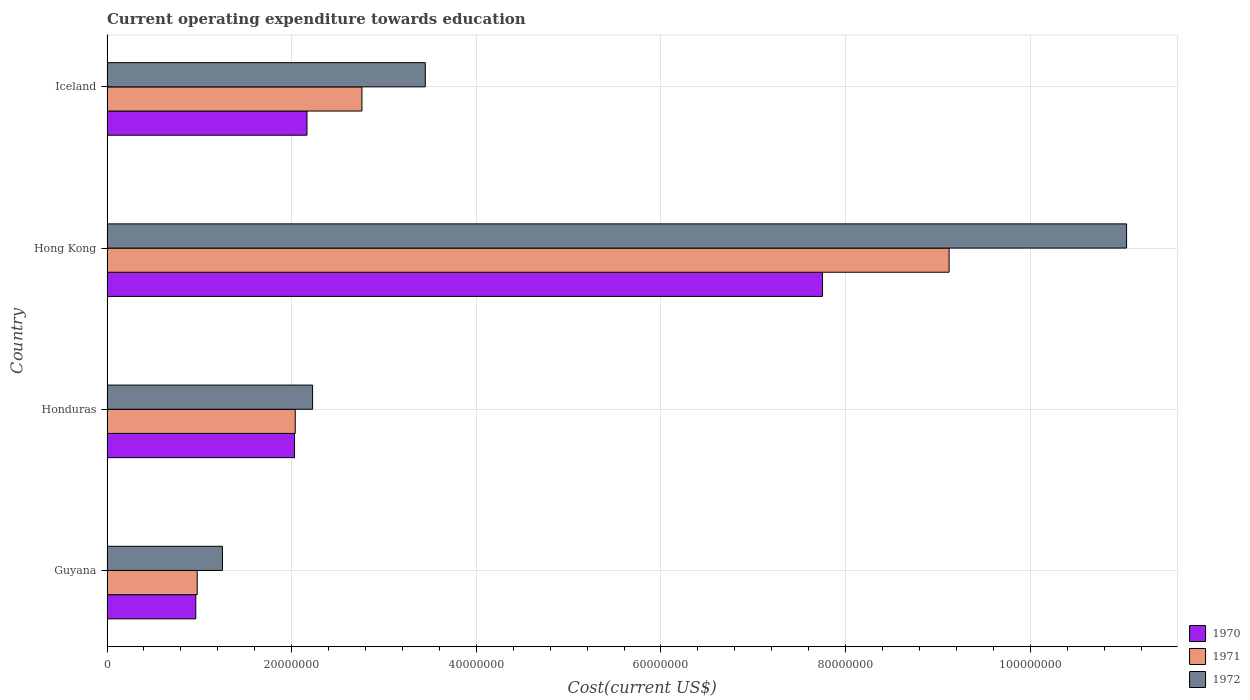
| Country | 1970 | 1971 | 1972 |
 | --- | --- | --- | --- |
 | Guyana | 9.62e+06 | 9.77e+06 | 1.25e+07 |
 | Honduras | 2.03e+07 | 2.04e+07 | 2.23e+07 |
 | Hong Kong | 7.75e+07 | 9.12e+07 | 1.1e+08 |
 | Iceland | 2.17e+07 | 2.76e+07 | 3.45e+07 |